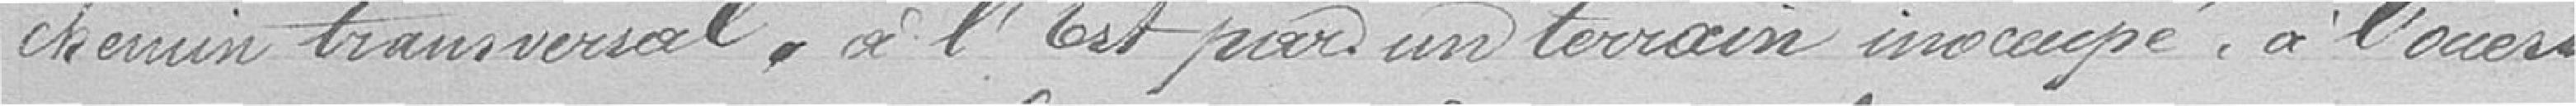
chemin transversal, à l'Est par un terrain inoccupé, à l'Ouest